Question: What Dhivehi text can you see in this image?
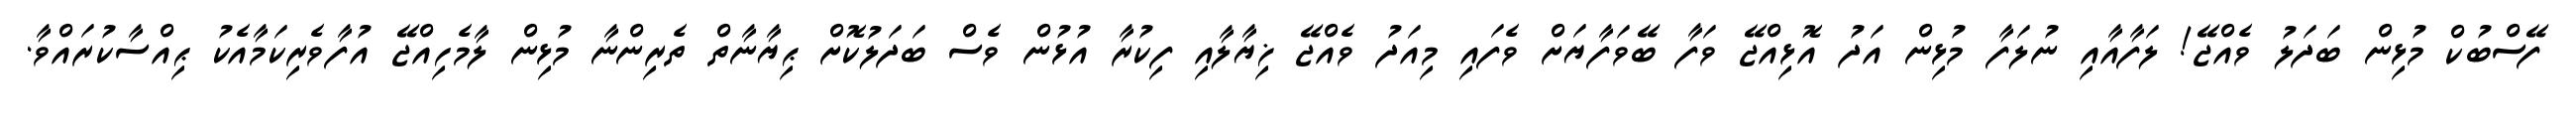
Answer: ފޭސްބުކް މުޅިން ބަދަލު ވެއްޖޭ! ލަފާއާއި ނުލަފާ މުޅިން އަދު އޮޅިއްޖޭ ވަފާ ބޭވަފާޔަށް ވެފައި މިއަދު ވެއްޖޭ ޚިޔާލާއި ފިކުރާ އުޅުން ވެސް ބަދަލުކޮށް ޙިޔާނާތް ތެރިންނާ މުޅިން ލާމެހިއްޖޭ އުފާވެރިކަމާއެކު ޙިއްސާކުރައްވާ.